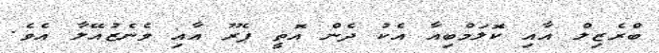
ބްރެޒިލް އާއި ކޮލަމްބިއާ އެކު ދެން އޮތީ ޕެރޫ އާއި ވެނެޒުއޭލާ އެވެ.